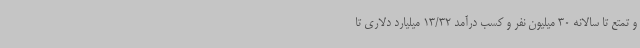
و تمتع تا سالانه 30 میلیون نفر و کسب درآمد 13/32 میلیارد دلاری تا